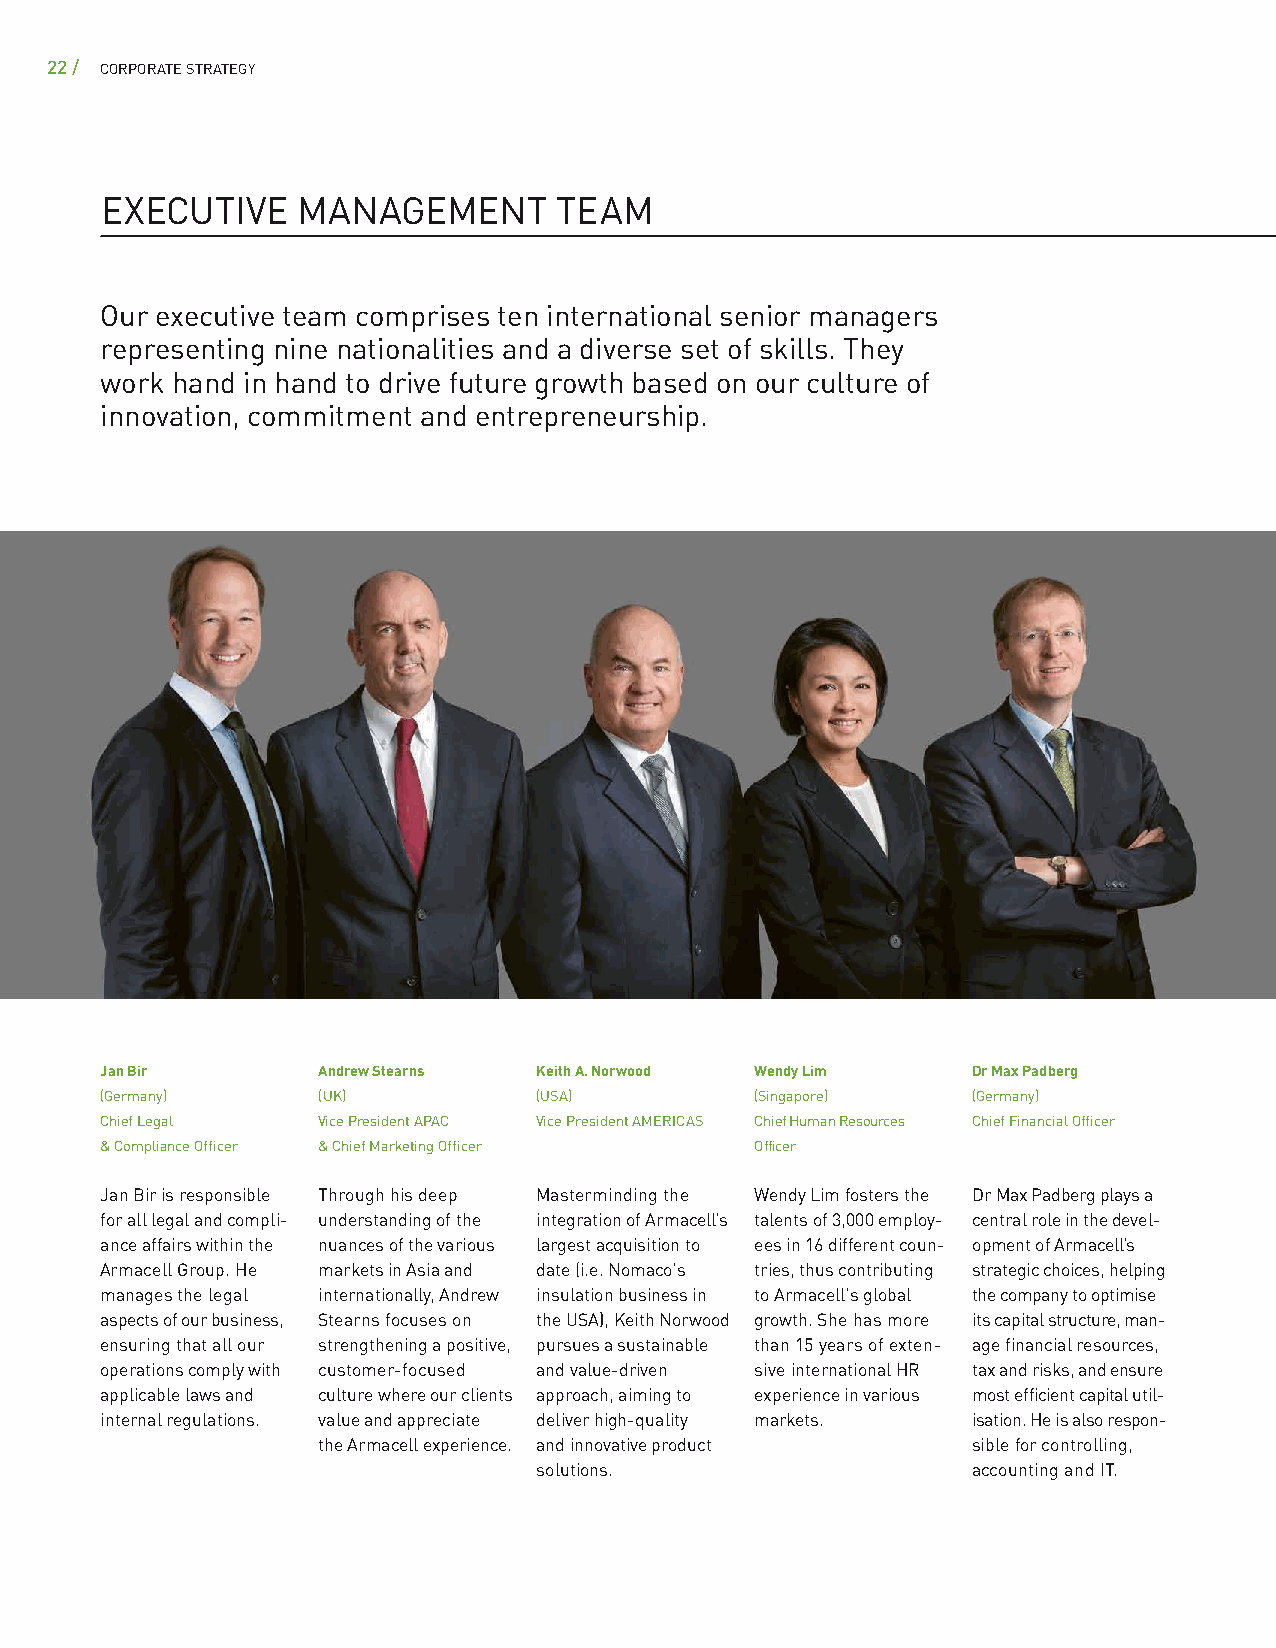
22 / CORPORATE STRATEGY
 EXECUTIVE    MANAGEMENT       TEAM
 Our executive team comprises ten international senior managers
 representing nine nationalities and a diverse set of skills. They
 work hand in hand to drive future growth based on our culture of
 innovation, commitment and entrepreneurship.
 Jan Bir       Andrew Stearns Keith A. Norwood Wendy Lim  Dr Max Padberg
 (Germany)     (UK)           (USA)         (Singapore)   (Germany)
 Chief Legal   Vice President APAC Vice President AMERICAS Chief Human Resources Chief Financial Officer
 & Compliance Officer & Chief Marketing Officer Officer
 Jan Bir is responsible Through his deep Masterminding the Wendy Lim fosters the Dr Max Padberg plays a
 for all legal and compli- understanding of the integration of Armacell’s talents of 3,000 employ- central role in the devel-
 ance affairs within the nuances of the various largest acquisition to ees in 16 different coun- opment of Armacell’s
 Armacell Group. He markets in Asia and date (i.e. Nomaco's tries, thus contributing strategic choices, helping
 manages the legal internationally, Andrew insulation business in to Armacell's global the company to optimise
 aspects of our business, Stearns focuses on the USA), Keith Norwood growth. She has more its capital structure, man-
 ensuring that all our strengthening a positive, pursues a sustainable than 15 years of exten- age financial resources,
 operations comply with customer-focused and value- driven sive international HR tax and risks, and ensure
 applicable laws and culture where our clients approach, aiming to experience in various most efficient capital util-
 internal regulations. value and appreciate deliver high-quality markets. isation. He is also respon-
 the Armacell experience. and innovative product sible for controlling,
 solutions.                  accounting and IT.